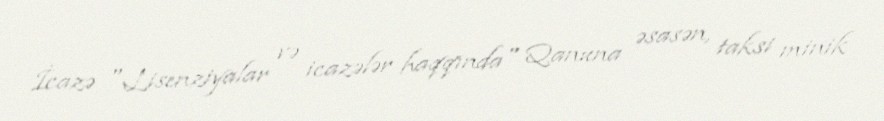
İcazə "Lisenziyalar və icazələr haqqında" Qanuna əsasən, taksi minik